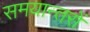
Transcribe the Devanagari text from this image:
समयान्तरों